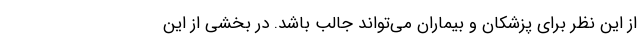
از این نظر برای پزشکان و بیماران می‌تواند جالب باشد. در بخشی از این